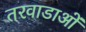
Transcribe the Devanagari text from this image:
तरवाडाओं